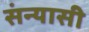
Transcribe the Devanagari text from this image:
संन्‍यासी